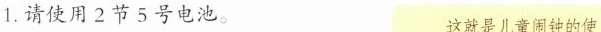
1.请使用2节5号电池。这就是儿童闹钟的使